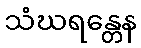
သံဃရန္တေန